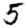
Digit: 5